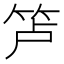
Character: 𰩲